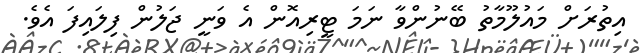
އިތުރަށް މައުލޫމާތު ބޭނުންވާ ނަމަ ޓީރިއޮން އެ ވަނީ ޖަލުން ފިލައިފަ އެވެ.